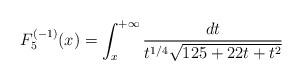
LaTeX: \begin{align*}F_5^{(-1)}(x)=\int^{+\infty}_{x}\frac{dt}{t^{1/4}\sqrt{125+22t+t^2}}\end{align*}